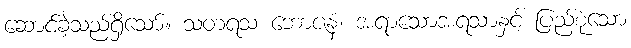
ဆောင်ခဲ့သည်ရှိသော်။ သတရသ ဘောဇနံ၊ အရာသောအရသာနှင့် ပြည့်စုံသော